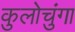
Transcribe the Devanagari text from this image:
कुलोचुंगा